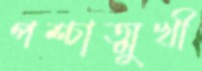
পশ্চাত্মুখী